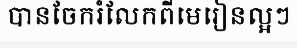
បានចែករំលែកពីមេរៀនល្អៗ